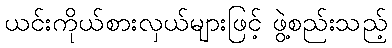
ယင်းကိုယ်စားလှယ်များဖြင့် ဖွဲ့စည်းသည့်